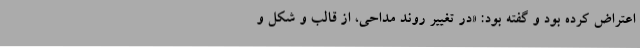
اعتراض کرده بود و گفته بود: «در تغییر روند مداحی، از قالب و شکل و